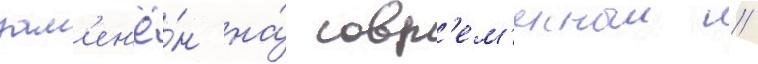
зам'ен'ё́н на́ совр'ем'енныи //